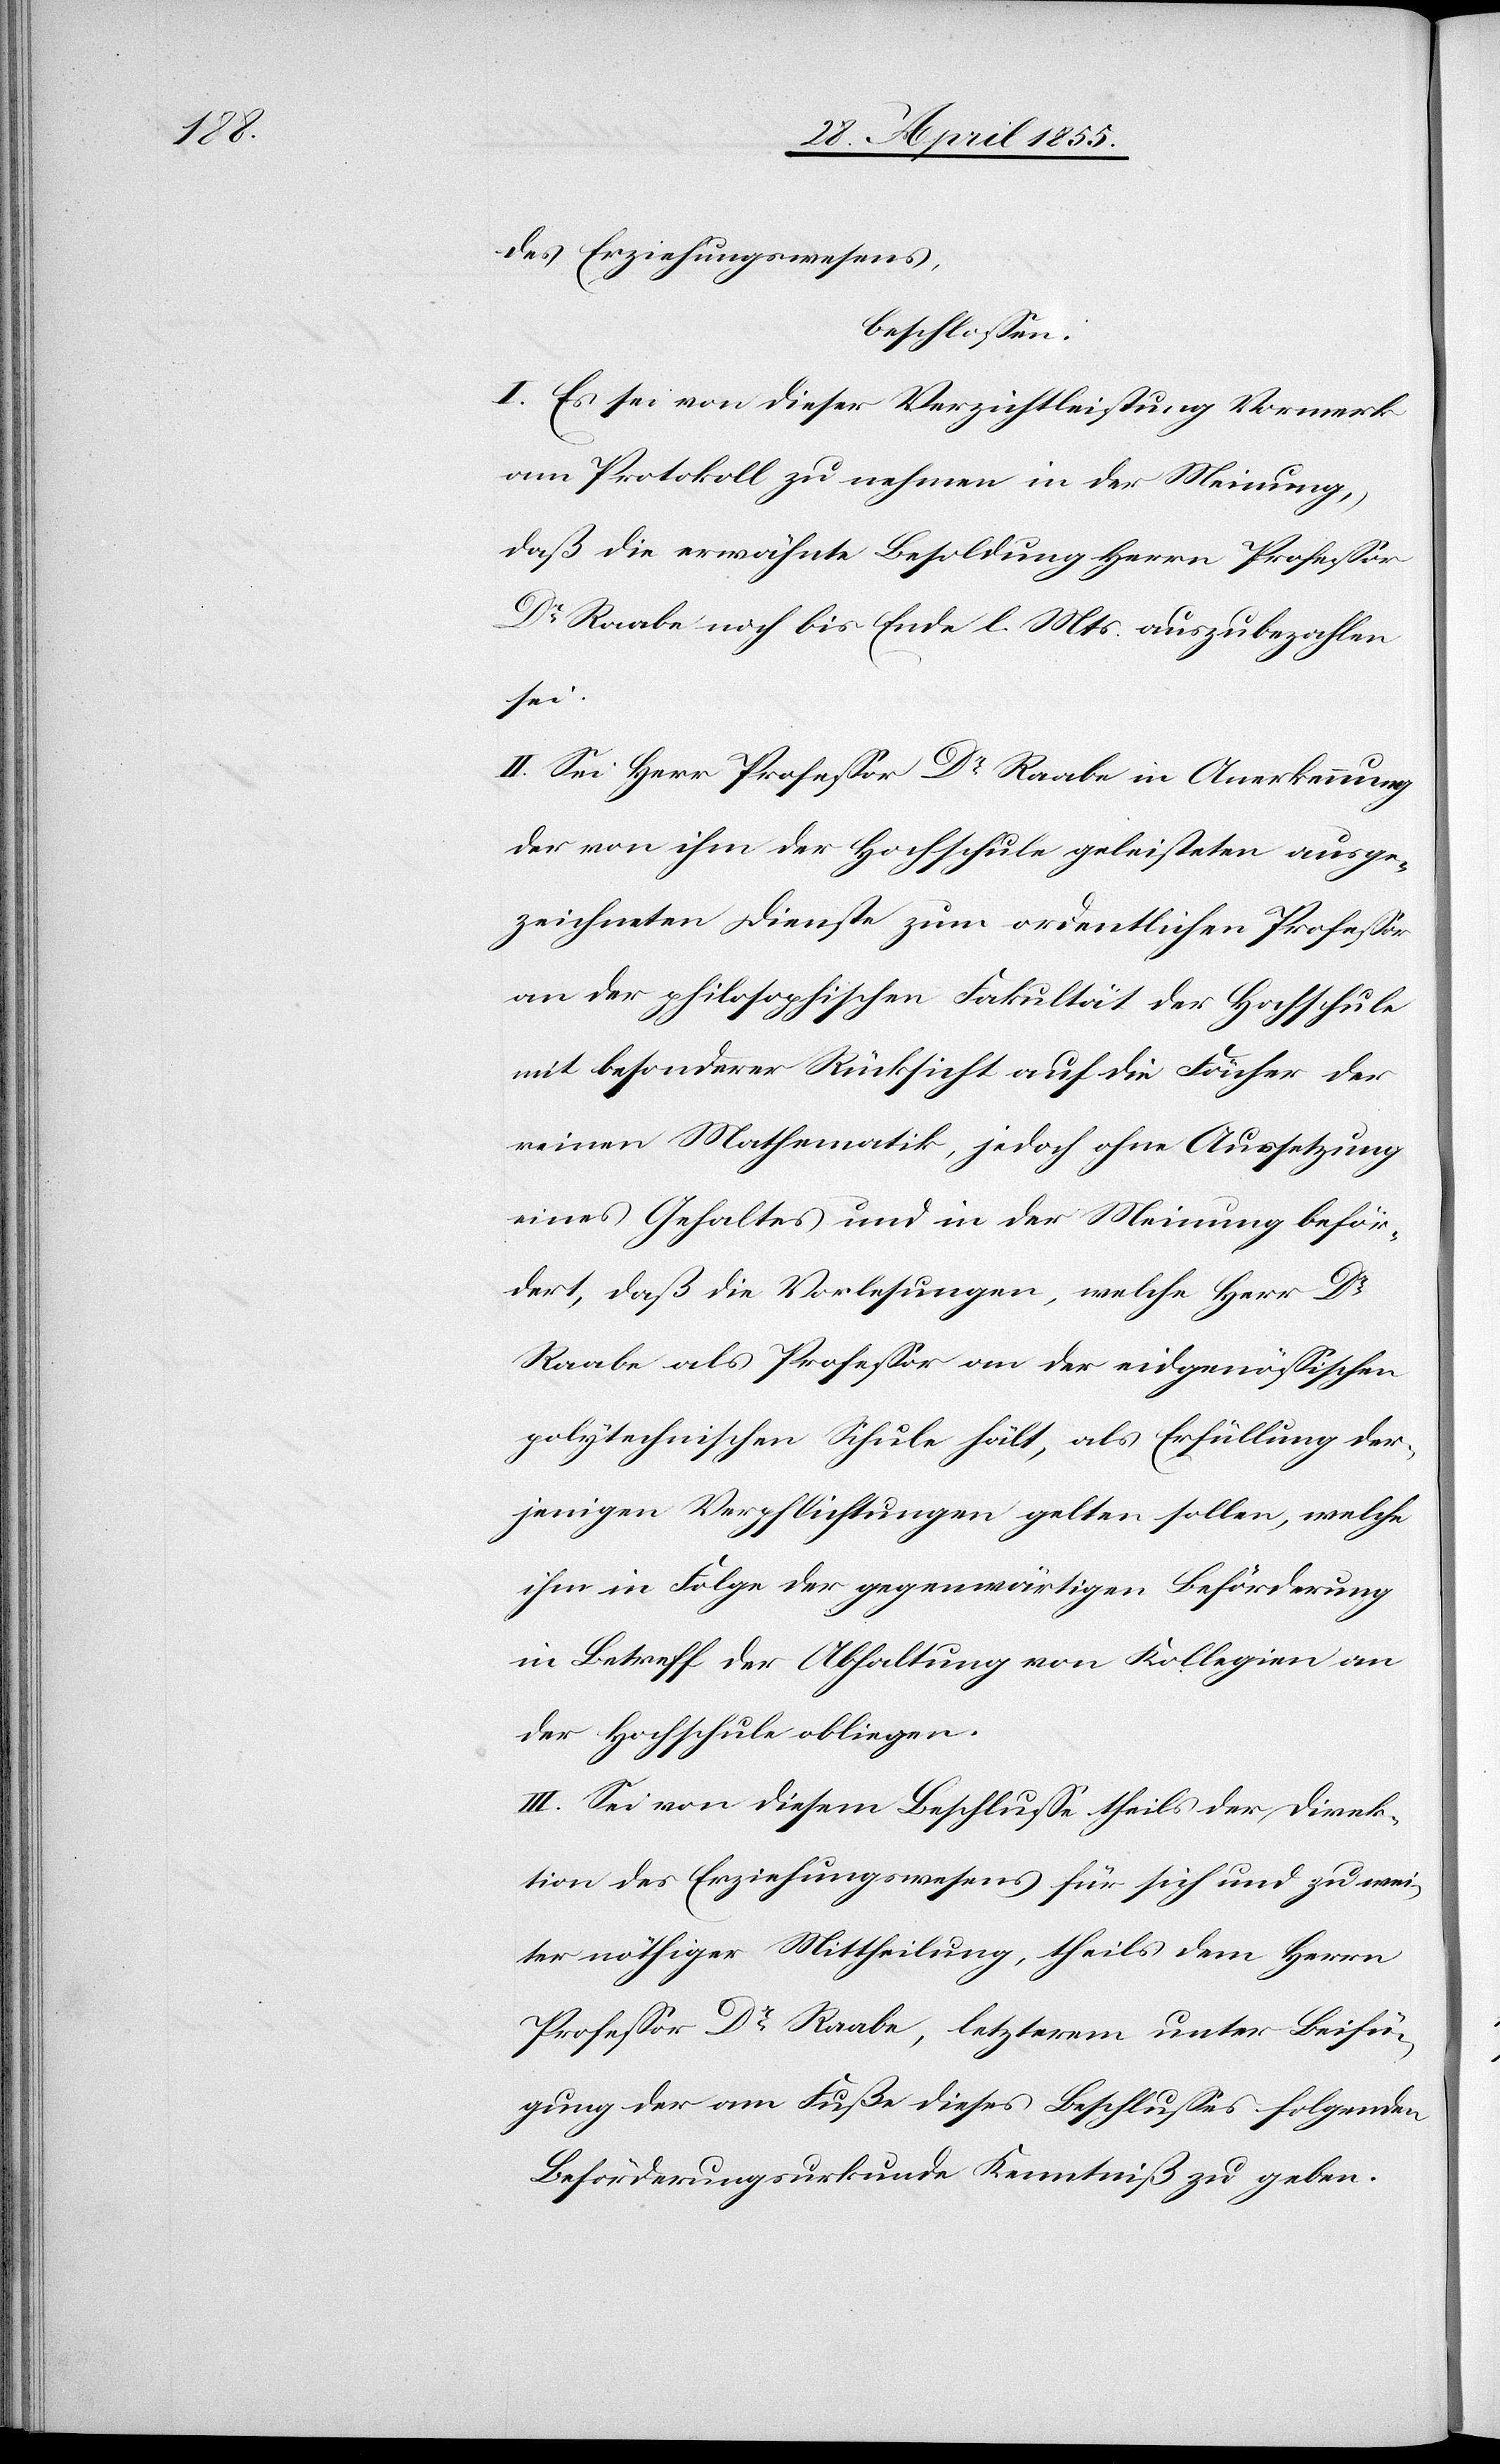
des Erziehungswesens,
beschlossen:
I. Es sei von dieser Verzichtleistung Vormerk
am Protokoll zu nehmen in der Meinung,
daß die erwähnte Besoldung Herrn Professor
Dr Raabe noch bis Ende l. Mts. auszubezahlen
sei.
II. Sei Herr Professor Dr Raabe in Anerkennung
der von ihm der Hochschule geleisteten ausge¬
zeichneten Dienste zum ordentlichen Professor
an der philosophischen Fakultät der Hochschule
mit besonderer Rücksicht auf die Fächer der
reinen Mathematik, jedoch ohne Aussetzung
eines Gehaltes und in der Meinung beför¬
dert, daß die Vorlesungen, welche Herr Dr
Raabe als Professor an der eidgenössischen
polytechnischen Schule hält, als Erfüllung der¬
jenigen Verpflichtungen gelten sollen, welche
ihm in Folge der gegenwärtigen Beförderung
in Betreff der Abhaltung von Kollegien an
der Hochschule obliegen.
III. Sei von diesem Beschlusse theils der Direk¬
tion des Erziehungswesens für sich und zu wei¬
ter nöthiger Mittheilung, theils dem Herrn
Professor Dr Raabe, letzterem unter Beifü¬
gung der am Fuße dieses Beschlusses folgenden
Beförderungsurkunde Kenntniß zu geben.